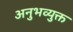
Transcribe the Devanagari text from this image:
अनुभव्युक्त